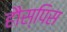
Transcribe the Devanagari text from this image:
हौस्पिस